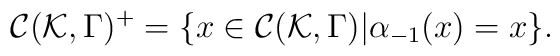
{\cal C}({\cal K},\Gamma)^+ = \{ x \in{\cal C}({\cal K},\Gamma) | \alpha_{-1}(x)=x \}.